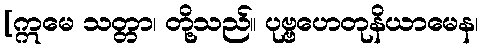
[ဣမေ သတ္တာ၊ တို့သည်။ ပုဗ္ဗဟေတုနိယာမေန၊